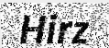
Hirz